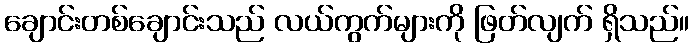
ချောင်းတစ်ချောင်းသည် လယ်ကွက်များကို ဖြတ်လျက် ရှိသည်။